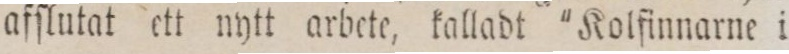
afſlutat ett nytt arbete, kalladt 'Kolfinnarne i